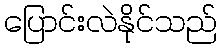
ပြောင်းလဲနိုင်သည်